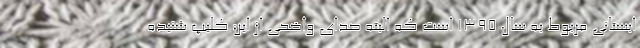
ابستانی مربوط به سال ۱۳۹۵ است که البته صدای واضحی از این کلیپ شنیده